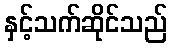
နှင့်သက်ဆိုင်သည်